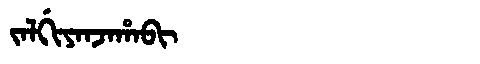
Manchu: ᠵᠠᠯᡤᡳᠶᠠᠨᠵᠠᡥᠠᠪᡳ
Romanization: JALGIYANJAHABI